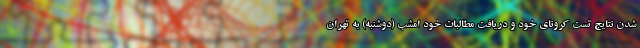
شدن نتایج تست کرونای خود و دریافت مطالبات خود امشب (دوشنبه) به تهران